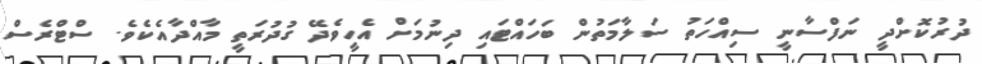
ދުރުކޮށްދީ ނަފްސާނީ ސިއްހަތު ސަލާމަތުން ބަހައްޓައި ދިނުމަށް އެހީވެދޭ ގުދުރަތީ މާއްދާއެކެވެ. ސްޓްރެސް